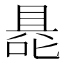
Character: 𭉦